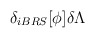
\begin{align*}\delta _{iBRS}[\phi ]\delta \Lambda \protect\end{align*}